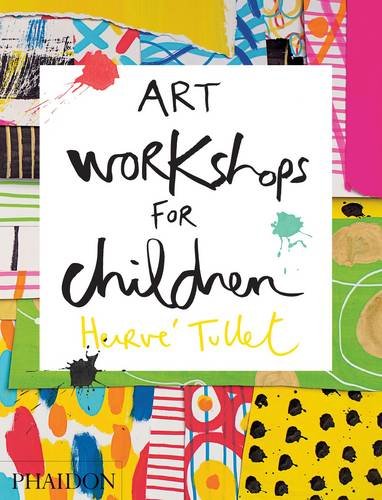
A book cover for Art Workshops for Children; HervÃ© Tullet; Crafts, Hobbies & Home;